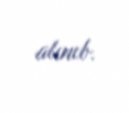
alınıb.